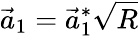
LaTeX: \vec{a}_{1}=\vec{a}_{1}^{*}\sqrt{R}